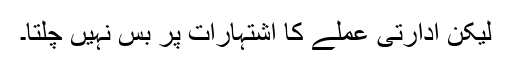
لیکن ادارتی عملے کا اشتہارات پر بس نہیں چلتا۔